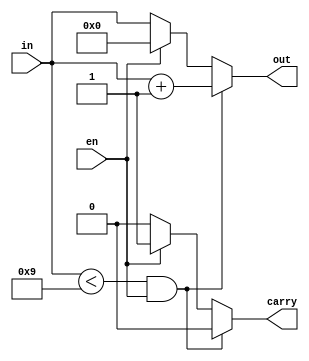
module bcd_incrementor(
    input [3:0] in,
    input en,
    output reg carry,
    output reg [3:0] out
    );
    
    always @*
        begin

            if(in < 9 && en) //if under 9 and enable high, increment by 1
                begin
                    out <= in + 1; //increment by 1
                    carry <= 0;
                end
            else if(en) //if equal or above 9, set output to 0 and carry to 1 to increment next decimal
                begin
                    out <= 0;
                    carry <= 1;
                end
            else //if enable 0, output stays same as input
                begin
                    out <= in;
                    carry <= 0;
                end
        end  
endmodule